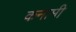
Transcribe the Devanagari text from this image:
कनामी